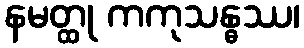
နမတ္ထု ကကုသန္ဓဿ၊